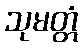
သုမတ္တံ